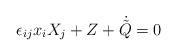
LaTeX: \begin{align*}\epsilon_{ij} x_iX_j + Z + \dot {\tilde Q} = 0 \end{align*}